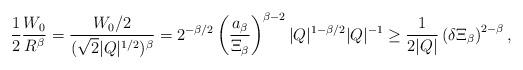
LaTeX: \begin{align*}\frac{1}{2}\frac{W_{0}}{R^{\beta}} = \frac{W_{0}/2}{(\sqrt{2}|Q|^{1/2})^{\beta}} = 2^{-\beta/2}\left(\frac{a_{\beta}}{\Xi_{\beta}}\right)^{\beta-2}|Q|^{1-\beta/2}|Q|^{-1} \ge \frac{1}{2|Q|}\left(\delta\Xi_{\beta}\right)^{2-\beta},\end{align*}